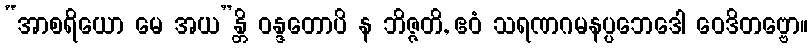
“အာစရိယော မေ အယ”န္တိ ဝန္ဒတောပိ န ဘိဇ္ဇတိ, ဧဝံ သရဏဂမနပ္ပဘေဒေါ ဝေဒိတဗ္ဗော။